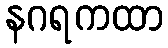
နဂရကထာ